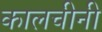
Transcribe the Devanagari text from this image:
कालचीनी